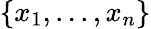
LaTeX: \{ x_{1},...,x_{n}\}